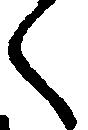
く